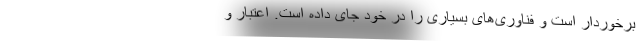
برخوردار است و فناوری‌های بسیاری را در خود جای داده است. اعتبار و